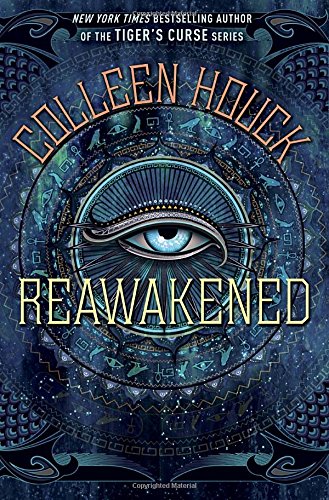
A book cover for Reawakened (The Reawakened Series); Colleen Houck; Teen & Young Adult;